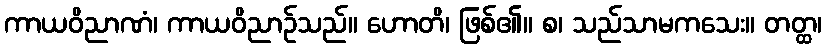
ကာယဝိညာဏံ၊ ကာယဝိညာဉ်သည်။ ဟောတိ၊ ဖြစ်၏။ စ၊ သည်သာမကသေး။ တတ္ထ၊